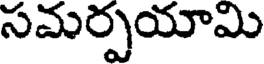
సమర్పయామి